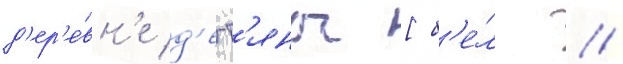
д'ер'е́вн'е д'егт'яны [б'е́л. //